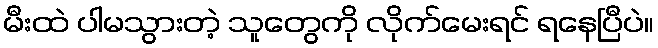
မီးထဲ ပါမသွားတဲ့ သူတွေကို လိုက်မေးရင် ရနေပြီပဲ။